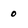
Character: 0